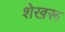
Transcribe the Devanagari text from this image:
शेखरू